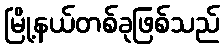
မြို့နယ်တစ်ခုဖြစ်သည်